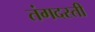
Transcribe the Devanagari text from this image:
तंगदस्ती